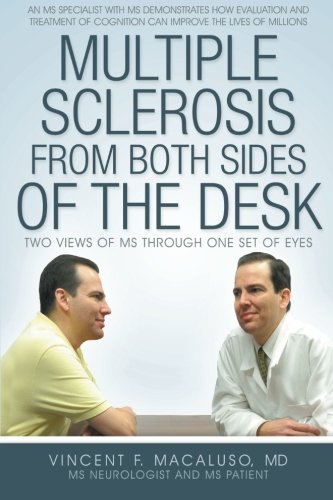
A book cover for Multiple Sclerosis from Both Sides of the Desk: Two Views of MS Through One Set of Eyes; Vincent F. Macaluso MD; Health, Fitness & Dieting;